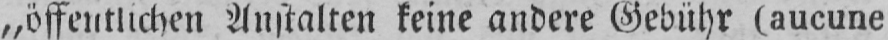
„öffentlichen Anstalten keine andere Gebühr (aucune